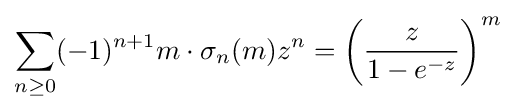
\sum _{n\geq 0}(-1)^{n+1}m\cdot \sigma _{n}(m)z^{n}=\left({\frac {z}{1-e^{-z}}}\right)^{m}